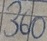
Text: 360